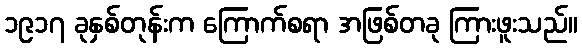
၁၉၁၇ ခုနှစ်တုန်းက ကြောက်စရာ အဖြစ်တခု ကြားဖူးသည်။